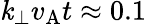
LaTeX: \mathit{k}_{\perp}v_{\mathrm{{A}}}t\approx0.1